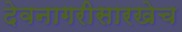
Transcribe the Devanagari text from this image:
देवनागरीसारखेच